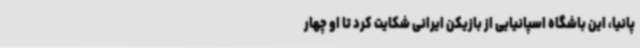
پانیا، این باشگاه اسپانیایی از بازیکن ایرانی شکایت کرد تا او چهار